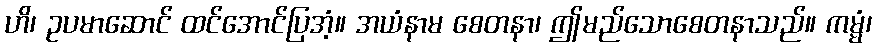
ဟိ၊ ဥပမာဆောင် ထင်အောင်ပြအံ့။ အယံနာမ စေတနာ၊ ဤမည်သောစေတနာသည်။ ကမ္မံ၊